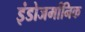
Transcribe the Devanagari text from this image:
इंडोजर्मानिक